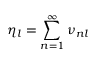
{ \eta _ { l } = \sum _ { n = 1 } ^ { \infty } \nu _ { n l } }